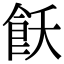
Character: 飫